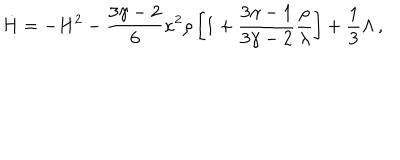
LaTeX: \dot { H } = - H ^ { 2 } - \frac { 3 \gamma - 2 } { 6 } \kappa ^ { 2 } \rho \left[ 1 + \frac { 3 \gamma - 1 } { 3 \gamma - 2 } \frac { \rho } { \lambda } \right] + \frac { 1 } { 3 } \Lambda \, ,